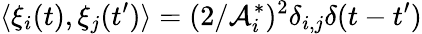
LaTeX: \langle\xi_{i}(t),\xi_{j}(t^{\prime})\rangle=(2/\mathcal{A}_{i}^{*})^{2}\delta_{i,j}\delta(t-t^{\prime})